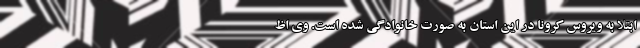
ابتلا به ویروس کرونا در این استان به صورت خانوادگی شده است. وی اظ